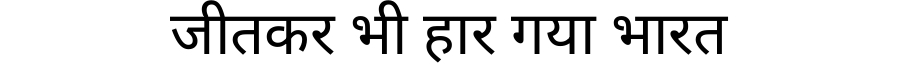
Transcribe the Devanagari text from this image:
जीतकर भी हार गया भारत